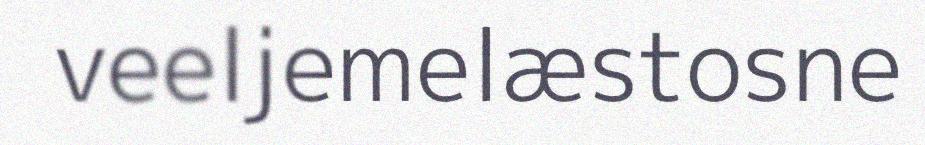
veeljemelæstosne